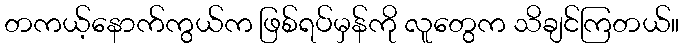
တကယ့်နောက်ကွယ်က ဖြစ်ရပ်မှန်ကို လူတွေက သိချင်ကြတယ်။